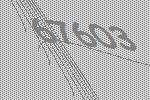
67603